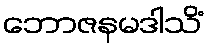
ဘောဇနမဒါသိံ